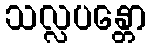
သလ္လပန္တော